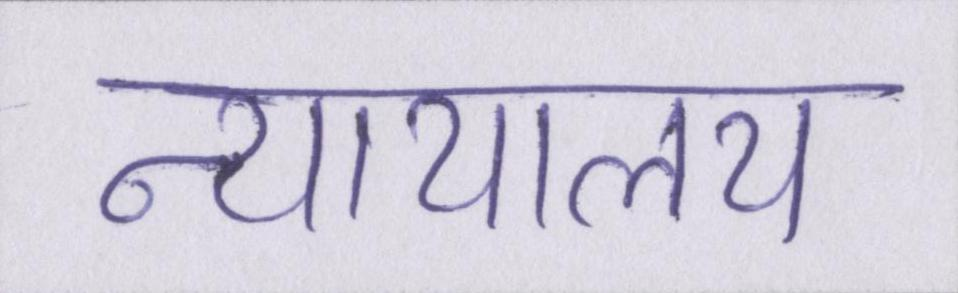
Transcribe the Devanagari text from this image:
न्यायालय